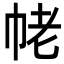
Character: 𢂢